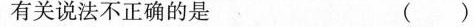
有关说法不正确的是( )